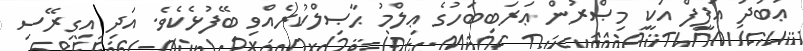
ޢަބުދު ޢަފީފް އަކީ މިޞްރުން ޢަރަބިބަހުގެ ޢިލްމު ޙާޞިލްކުރެއްވި ބޭފުޅެކެވެ. އަދި އިގިރޭސި